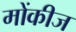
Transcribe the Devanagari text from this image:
मोंकीज